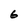
Character: 6